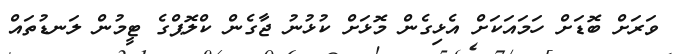
ވަރަށް ބޮޑަށް ހަމައަކަށް އެޅިގެން މޮޅަށް ކުޅުނު ޖާގެން ކްލޮޕްގެ ޓީމުން ލަނޑުތައް